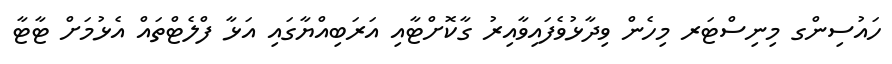
ހައުސިންގ މިނިސްޓަރ މިހެން ވިދާޅުވެފައިވާއިރު ގާކޮށްޓާއި އަރަބިއްޔާގައި އަޅާ ފްލެޓްތައް އެޅުމަށް ޓާޓާ